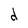
Character: d